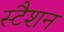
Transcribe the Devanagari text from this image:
स्टैशन